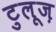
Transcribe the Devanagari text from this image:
टुलूज़